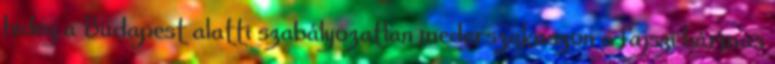
hideg a Budapest alatti szabályozatlan mederszakaszon a fajszi hármas